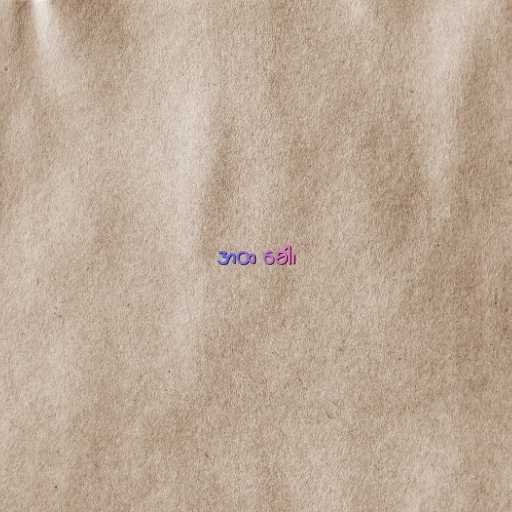
အထ ခေါ၊